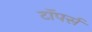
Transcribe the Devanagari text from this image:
टॉपर्स